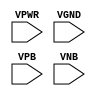
module sky130_fd_sc_ms__tapvpwrvgnd (
    VPWR,
    VGND,
    VPB ,
    VNB
);

    // Module ports
    input VPWR;
    input VGND;
    input VPB ;
    input VNB ;
     // No contents.
endmodule